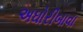
અઘોરીબાવા